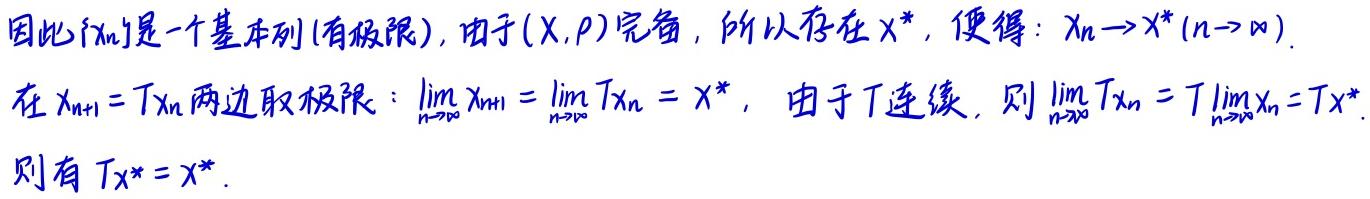
因此$\{x_n\}$是一个基本列(有极限), 由于$(X, \rho)$完备, 所以存在$x^*$, 使得:$x_n \to x^* (n \to \infty)$.

在$x_{n + 1} = Tx_n$两边取极限: $\lim_{n \to \infty} x_{n + 1} = \lim_{n \to \infty} Tx_n = x^*$, 由于$T$连续, 则$\lim_{n \to \infty} Tx_n = T\lim_{n \to \infty} x_n = Tx^*$.

则有$Tx^* = x^*$.